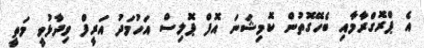
އެ ޕްރޮގްރާމާއި ބެހޭގޮތުން ކޮމިޝަނަ އޮފް ޕޮލިސް އަހުމަދު އަރީފް ވިދާޅުވީ މަތީ